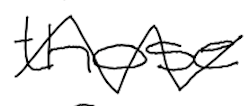
Text: those
Cross-out: zig-zag
Writing tool: digital_black